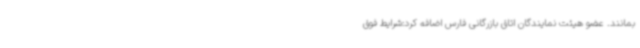
بمانند. عضو هیئت نمایندگان اتاق بازرگانی فارس اضافه کرد:شرایط فوق